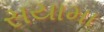
સયામા